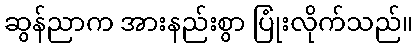
ဆွန်ညာက အားနည်းစွာ ပြုံးလိုက်သည်။